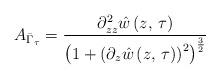
LaTeX: \begin{align*}A_{\bar{\Gamma}_{\tau}}=\frac{\partial_{zz}^{2}\hat{w}\left(z,\,\tau\right)}{\left(1+\left(\partial_{z}\hat{w}\left(z,\,\tau\right)\right)^{2}\right)^{\frac{3}{2}}}\end{align*}